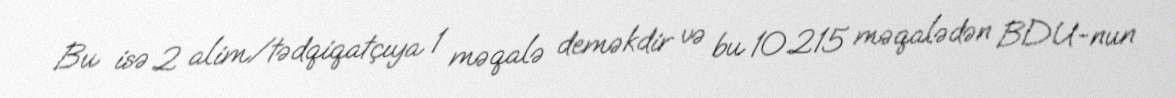
Bu isə 2 alim/tədqiqatçıya 1 məqalə deməkdir və bu 10.215 məqalədən BDU-nun